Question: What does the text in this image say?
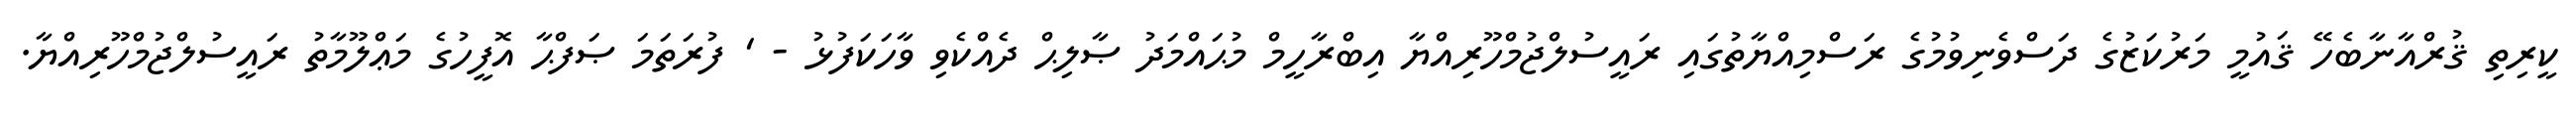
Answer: ކީރިތި ޤުރްއާނާބެހޭ ޤައުމީ މަރުކަޒުގެ ދަސްވެނިވުމުގެ ރަސްމިއްޔާތުގައި ރައީސުލްޖުމްހޫރިއްޔާ އިބްރާހީމް މުޙައްމަދު ޞާލިޙް ދެއްކެވި ވާހަކަފުޅު - ' ފުރަތަމަ ޞަފްޙާ އޮފީހުގެ މަޢްލޫމާތު ރައީސުލްޖުމްހޫރިއްޔާ.